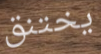
يختنق